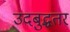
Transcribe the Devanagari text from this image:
उदबुद्धतर